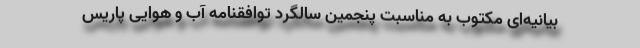
بیانیه‌ای مکتوب به مناسبت پنجمین سالگرد توافقنامه آب و هوایی پاریس